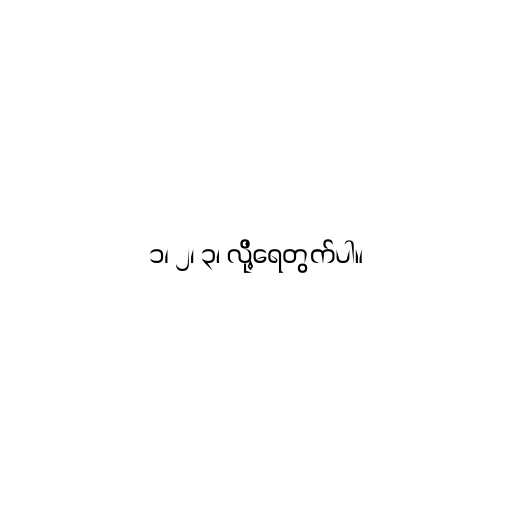
၁၊ ၂၊ ၃၊ လို့ရေတွက်ပါ။